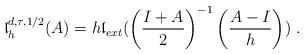
LaTeX: \begin{align*}{\mathfrak l}^{d, \tau, 1/2}_h(A)=h{\mathfrak l}_{ext}(\left(\frac{I+A}{2}\right)^{-1}\left(\displaystyle\frac{A-I}{h}\right))\;.\end{align*}